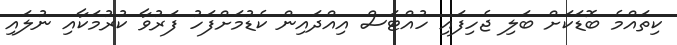
ކިތައްމެ ބޮޑަކަށް ބަލި ޖެހިފައި ހުއްޓަސް އިއްދައިން ކެޑުމަށްފަހު ފަރުވާ ކުރުމަކާއި ނުލައި